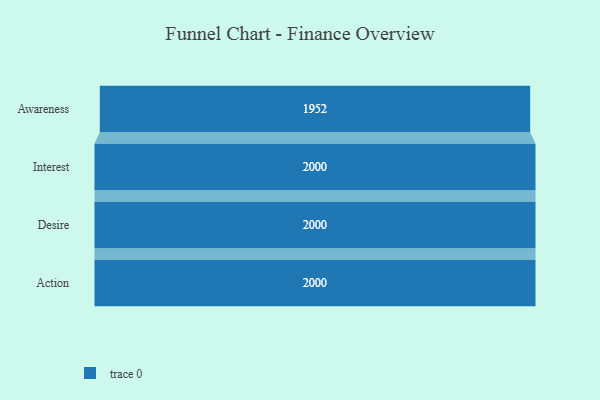
{"axis": {"x": "Stage", "y": "Value"}, "legend": [""], "data": [{"x": "Awareness", "y": 1952.0, "type": ""}, {"x": "Interest", "y": 2000, "type": ""}, {"x": "Desire", "y": 2000, "type": ""}, {"x": "Action", "y": 2000, "type": ""}]}